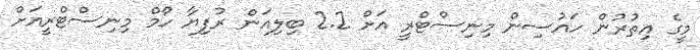
މީގެ އިތުރުން ހައުސިން މިނިސްޓްރީ އަށް 2.2 ބިލިއަން ރުފިޔާ ހޯމް މިނިސްޓްރީއަށް